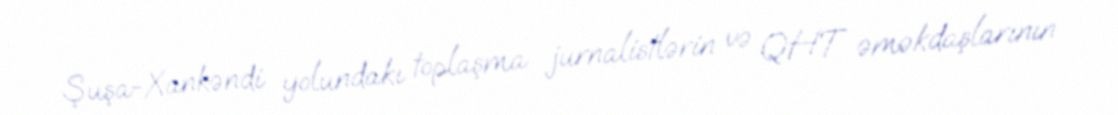
Şuşa-Xankəndi yolundakı toplaşma jurnalistlərin və QHT əməkdaşlarının